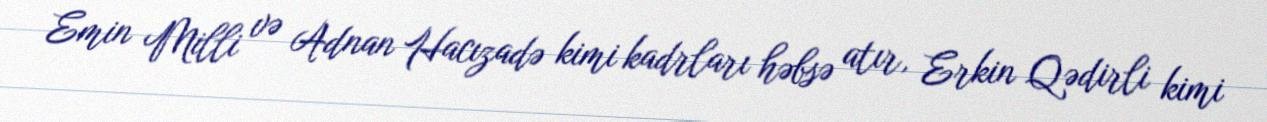
Emin Milli və Adnan Hacızadə kimi kadrları həbsə atır, Erkin Qədirli kimi